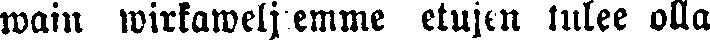
wain wirkaweljiemme etujen tulee olla